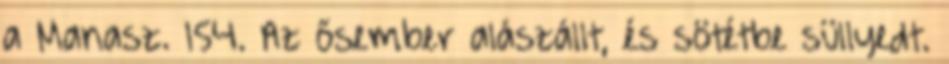
a Manasz. 154. Az ősember alászállt, és sötétbe süllyedt.